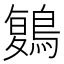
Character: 𪃃